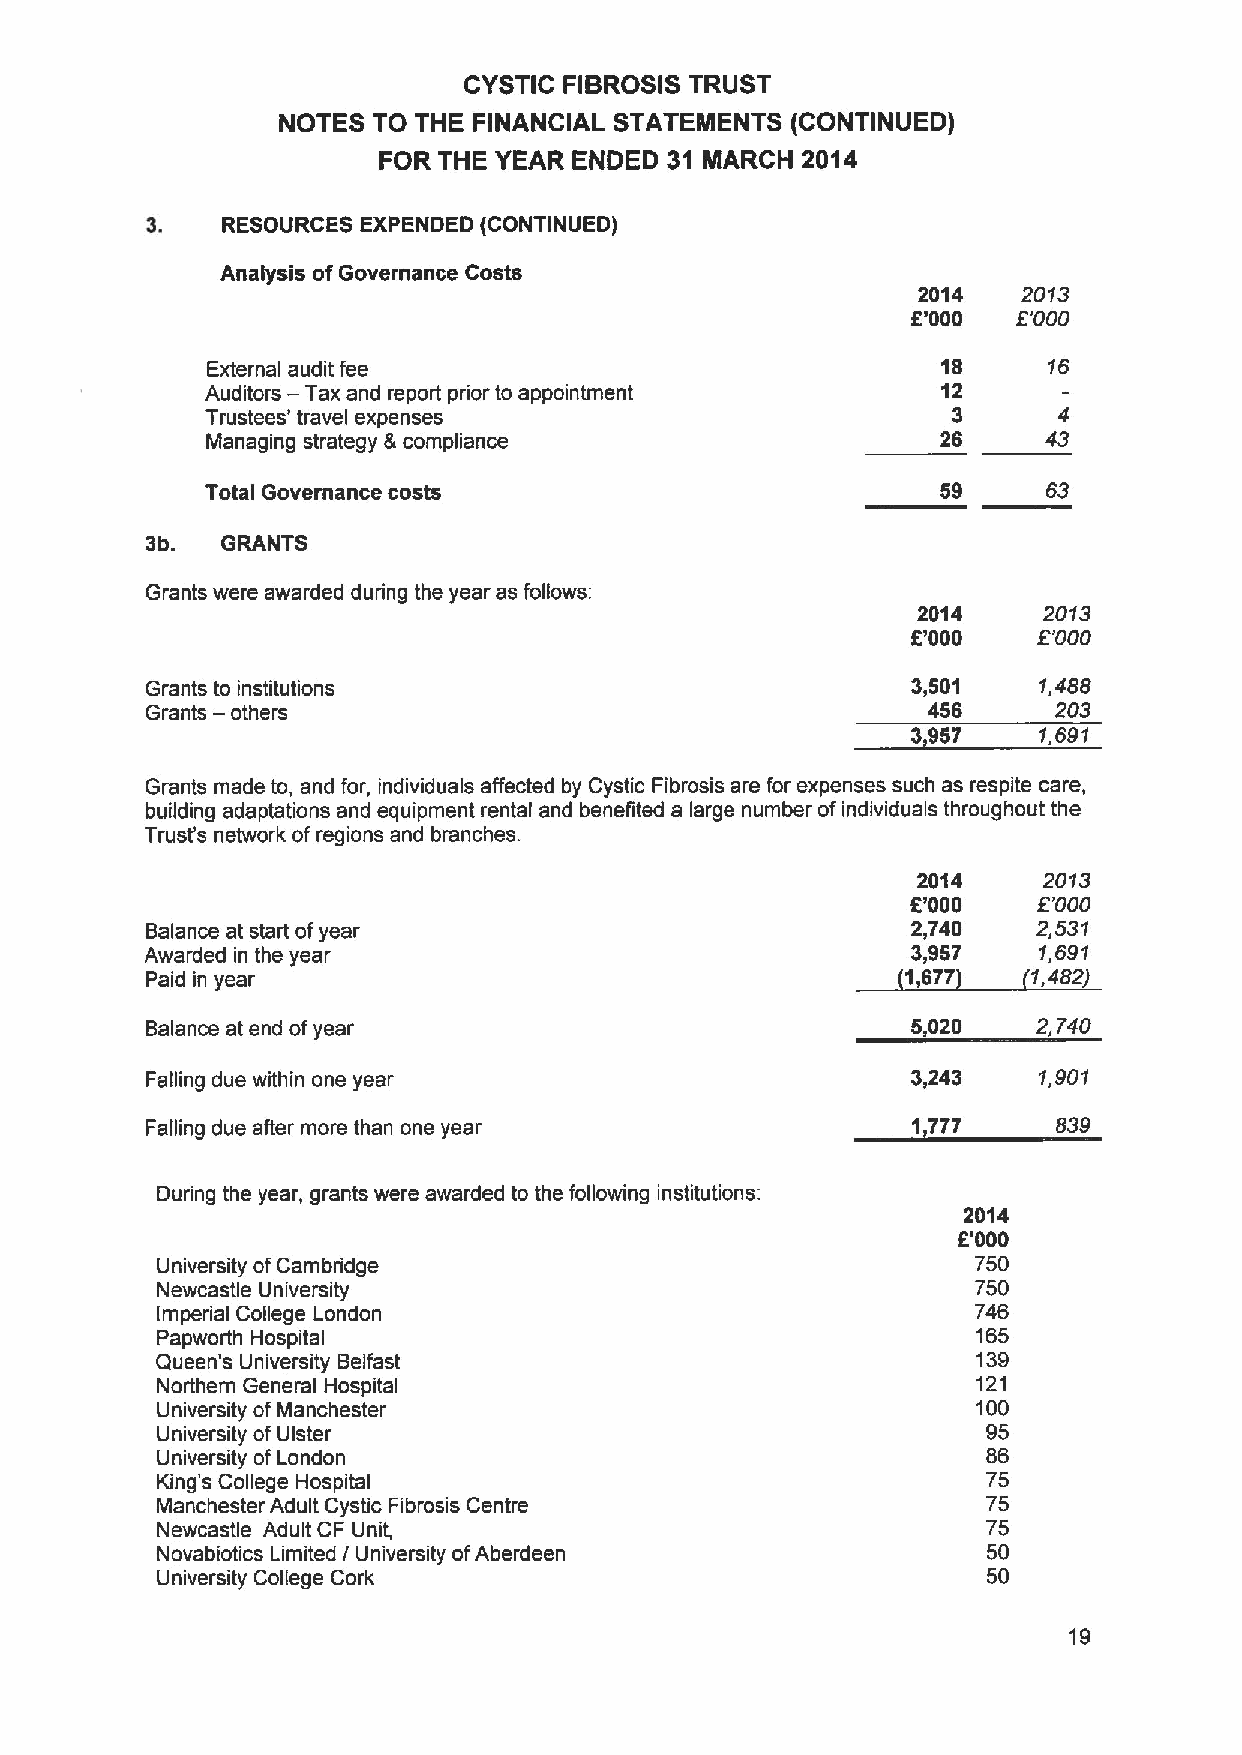
CYSTIC FIBROSIS TRUST
 NOTES  TO THE FINANCIAL STATEMENTS (CONTINUED)
 FOR THE YEAR ENDED 31 MARCH 2014
 RESOURCES EXPENDED (CONTINUED)
 Analysis ofGovernance Costs
 2014   2013
 8'000  8'000
 External audit fee                              18     16
 Auditors — Tax and report prior to appointment  12
 Trustees' travel expenses                        3      4
 Managing strategy &compliance                   26     43
 Total Governance costs                          59     63
 3b.  GRANTS
 Grants were awarded during the year as follows:
 2014    2013
 E'000    8'000
 Grants to institutions                            3,501    1,488
 Grants — others                                    456      203
 3,957    1,691
 Grants made to, and for, individuals affected by Cystic Fibrosis are for expenses such as respite care,
 building adaptations and equipment rental and benefited a large number ofindividuals throughout the
 Trust's network ofregions and branches.
 2014    2013
 E'000    8'000
 Balance at start ofyear                           2,740    2,531
 Awarded in the year                               3,957    1,691
 Paid in year                                      1,677   1,482)
 Balance at end ofyear                             5,020    2,740
 Falling due within one year                       3,243    1,901
 Falling due after more than one year              1,777     839
 During the year, grants were awarded to the following institutions:
 2014
 6'000
 University ofCambridge                                 750
 Newcastle University                                   750
 Imperial College London                                746
 Papworth Hospital                                      165
 Queen's University Belfast                             139
 Northern General Hospital                              121
 University ofManchester                                100
 University of Ulster                                   95
 University of London                                   86
 King's College Hospital                                75
 Manchester Adult Cystic Fibrosis Centre                75
 Newcastle Adult CF Unit,                               75
 Novabiotics Limited I University ofAberdeen            50
 University College Cork                                50
 19